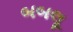
બબલૂ